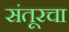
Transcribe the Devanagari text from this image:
संतूरचा